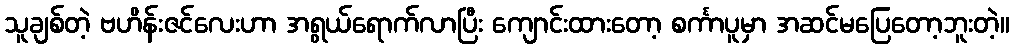
သူချစ်တဲ့ ဗဟိန်းဇင်လေးဟာ အရွယ်ရောက်လာပြီး ကျောင်းထားတော့ စင်္ကာပူမှာ အဆင်မပြေတော့ဘူးတဲ့။